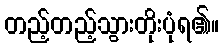
တည့်တည့်သွားတိုးပုံရ၏။